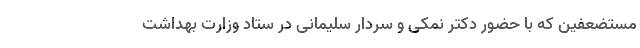
مستضعفین که با حضور دکتر نمکی و سردار سلیمانی در ستاد وزارت بهداشت